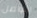
التواصل